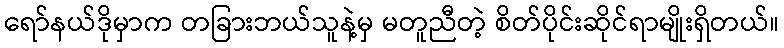
ရော်နယ်ဒိုမှာက တခြားဘယ်သူနဲ့မှ မတူညီတဲ့ စိတ်ပိုင်းဆိုင်ရာမျိုးရှိတယ်။